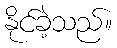
နိုင်ခဲ့သည်။